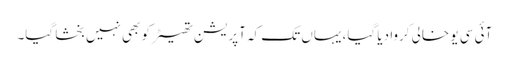
آئی سی یو خالی کروا دیا گیا، یہاں تک کہ آپریشن تھیٹر کو بھی نہیں بخشا گیا۔